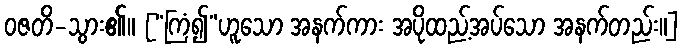
ဝဇတိ-သွား၏။ [“ကြံ၍”ဟူသော အနက်ကား အပိုထည့်အပ်သော အနက်တည်း။]